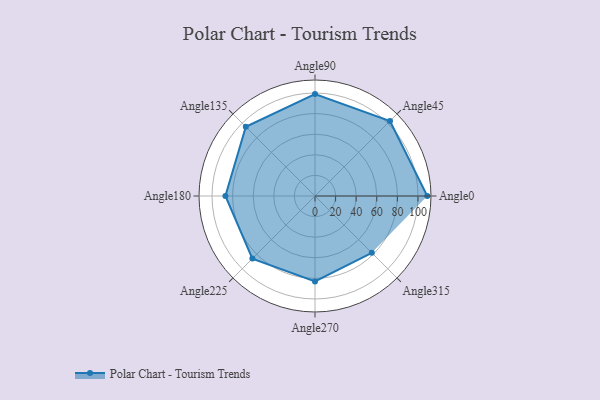
{"axis": {"x": "Angle", "y": "Radius"}, "legend": [""], "data": [{"x": "Angle0", "y": 109.0, "type": ""}, {"x": "Angle45", "y": 103.0, "type": ""}, {"x": "Angle90", "y": 99.0, "type": ""}, {"x": "Angle135", "y": 95.0, "type": ""}, {"x": "Angle180", "y": 87.0, "type": ""}, {"x": "Angle225", "y": 86.0, "type": ""}, {"x": "Angle270", "y": 83.0, "type": ""}, {"x": "Angle315", "y": 78.0, "type": ""}]}